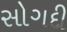
સોગદી